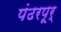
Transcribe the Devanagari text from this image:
पंढरपूर्